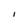
Character: I